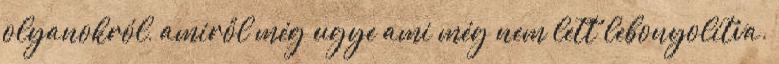
olyanokról, amiről még ugye ami még nem lett lebonyolítva.